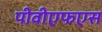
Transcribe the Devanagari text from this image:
पीवीएफएस